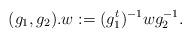
LaTeX: \begin{align*}(g_1,g_2). w:=(g_1^t)^{-1}wg_2^{-1}.\end{align*}